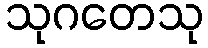
သုဂတေသု